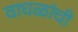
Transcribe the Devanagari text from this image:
वाघळांची